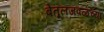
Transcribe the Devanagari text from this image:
बेतूलजवळच्या